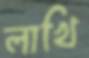
লাখি